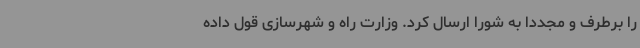
را برطرف و مجدداً به شورا ارسال کرد. وزارت راه و شهرسازی قول داده